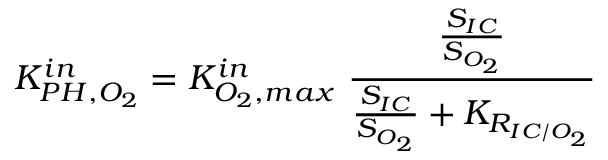
K _ { P H , O _ { 2 } } ^ { i n } = K _ { O _ { 2 } , m a x } ^ { i n } \ \frac { \frac { S _ { I C } } { S _ { O _ { 2 } } } } { \frac { S _ { I C } } { S _ { O _ { 2 } } } + K _ { R _ { I C / O _ { 2 } } } }